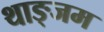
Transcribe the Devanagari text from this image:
थाङ्जम